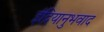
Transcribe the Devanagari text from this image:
इंद्रियानुभवाद